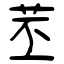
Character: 苤